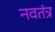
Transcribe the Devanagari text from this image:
नवतंत्र